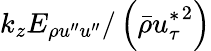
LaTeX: k_{z}E_{\rho u^{\prime\prime}u^{\prime\prime}}/\left(\bar{\rho}{u_{\tau}^{*}}^{2}\right)